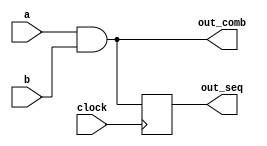
module example_design (
    input wire a,           // Input for combinational logic
    input wire b,           // Input for combinational logic
    input wire clock,       // Clock signal for sequential logic
    output reg out_comb,    // Output for combinational logic
    output reg out_seq      // Output for sequential logic
);

// Combinational Logic using always @*
always @* begin
    // Example: Simple 2-input AND gate
    out_comb = a & b; // Output is high if both 'a' and 'b' are high
end

// Sequential Logic using always @(posedge clock)
always @(posedge clock) begin
    // Example: Simple D flip-flop
    out_seq <= out_comb; // Output follows the combinational output at clock edge
end

endmodule